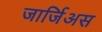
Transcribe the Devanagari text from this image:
जार्जिअस